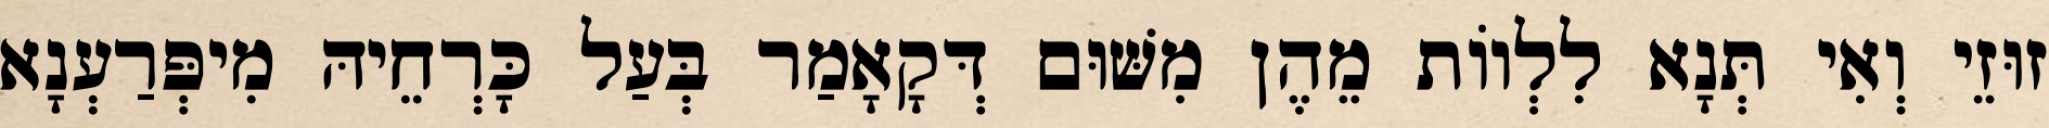
זוּזֵי וְאִי תְּנָא לִלְווֹת מֵהֶן מִשּׁוּם דְּקָאָמַר בְּעַל כָּרְחֵיהּ מִיפְּרַעְנָא